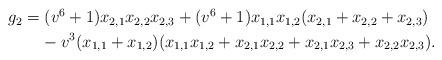
LaTeX: \begin{align*}\begin{aligned} & g_{2}=(v^{6}+1)x_{2,1}x_{2,2}x_{2,3}+(v^{6}+1)x_{1,1}x_{1,2}(x_{2,1}+x_{2,2}+x_{2,3})\\ & \ \ \ \ \ \ -v^{3}(x_{1,1}+x_{1,2})(x_{1,1}x_{1,2}+x_{2,1}x_{2,2}+x_{2,1}x_{2,3}+x_{2,2}x_{2,3}).\end{aligned}\end{align*}